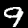
Digit: 9